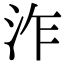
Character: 泎